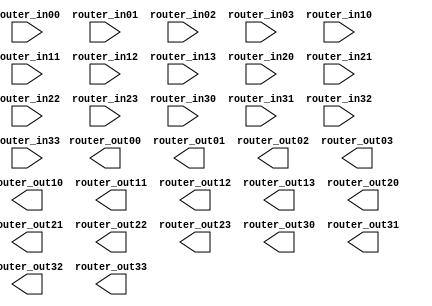
`timescale 1ns / 1ps
//////////////////////////////////////////////////////////////////////////////////
// Company: 
// Engineer: 
// 
// Design Name: 
// Module Name: noc_4x4
// Project Name: 
// Target Devices: 
// Tool Versions: 
// Description: 
// 
// Dependencies: 
// 
// Revision:
// Revision 0.01 - File Created
// Additional Comments:
// 
//////////////////////////////////////////////////////////////////////////////////


module noc_4x4#(parameter BUS_WIDTH =32)
    (
    input [BUS_WIDTH-1:0] router_in00,
    input [BUS_WIDTH-1:0] router_in01,
    input [BUS_WIDTH-1:0] router_in02,
    input [BUS_WIDTH-1:0] router_in03,
    input [BUS_WIDTH-1:0] router_in10,
    input [BUS_WIDTH-1:0] router_in11,
    input [BUS_WIDTH-1:0] router_in12,
    input [BUS_WIDTH-1:0] router_in13,
    input [BUS_WIDTH-1:0] router_in20,
    input [BUS_WIDTH-1:0] router_in21,
    input [BUS_WIDTH-1:0] router_in22,
    input [BUS_WIDTH-1:0] router_in23,
    input [BUS_WIDTH-1:0] router_in30,
    input [BUS_WIDTH-1:0] router_in31,
    input [BUS_WIDTH-1:0] router_in32,
    input [BUS_WIDTH-1:0] router_in33, 
    output [BUS_WIDTH-1:0] router_out00,
    output [BUS_WIDTH-1:0] router_out01,
    output [BUS_WIDTH-1:0] router_out02,
    output [BUS_WIDTH-1:0] router_out03,
    output [BUS_WIDTH-1:0] router_out10,
    output [BUS_WIDTH-1:0] router_out11,
    output [BUS_WIDTH-1:0] router_out12,
    output [BUS_WIDTH-1:0] router_out13,
    output [BUS_WIDTH-1:0] router_out20,
    output [BUS_WIDTH-1:0] router_out21,
    output [BUS_WIDTH-1:0] router_out22,
    output [BUS_WIDTH-1:0] router_out23,
    output [BUS_WIDTH-1:0] router_out30,
    output [BUS_WIDTH-1:0] router_out31,
    output [BUS_WIDTH-1:0] router_out32,
    output [BUS_WIDTH-1:0] router_out33             
    );
    
    wire [BUS_WIDTH-1:0] s0;
    
    
endmodule